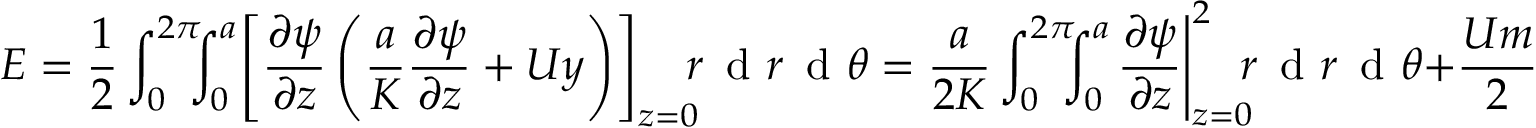
E = \frac { 1 } { 2 } \int _ { 0 } ^ { 2 \pi } \! \! \! \int _ { 0 } ^ { a } \! \left[ \frac { \partial \psi } { \partial z } \left( \frac { a } { K } \frac { \partial \psi } { \partial z } + U y \right) \right] _ { z = 0 } \! \! \! r \, \textrm { d } r \, \textrm { d } \theta = \frac { a } { 2 K } \int _ { 0 } ^ { 2 \pi } \! \! \! \int _ { 0 } ^ { a } \! \left. \frac { \partial \psi } { \partial z } \right| _ { z = 0 } ^ { 2 } \! \! \! r \, \textrm { d } r \, \textrm { d } \theta + \frac { U m } { 2 } ,